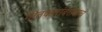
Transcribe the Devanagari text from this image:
गीतकारांबरोबरच